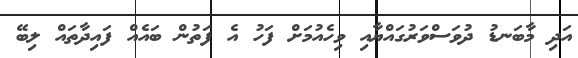
އަދި މާބަނޑު ދުވަސްވަރުގައްޔާއި ވިހެއުމަށް ފަހު އެ ފަތުން ބައެއް ފައިދާތައް ލިބޭ